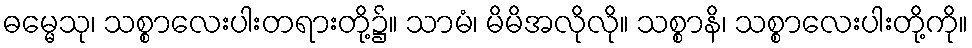
ဓမ္မေသု၊ သစ္စာလေးပါးတရားတို့၌။ သာမံ၊ မိမိအလိုလို။ သစ္စာနိ၊ သစ္စာလေးပါးတို့ကို။